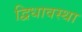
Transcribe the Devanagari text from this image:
द्विधावस्था